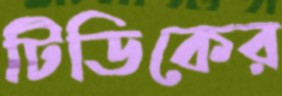
টিডিকের